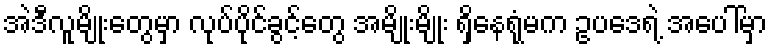
အဲဒီလူမျိုးတွေမှာ လုပ်ပိုင်ခွင့်တွေ အမျိုးမျိုး ရှိနေရုံမက ဥပဒေရဲ့ အပေါ်မှာ